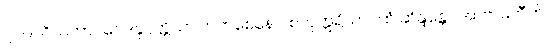
၂၁၉။ ဝိသဘာဂဝေဒနုပ္ပတ္တိယာ ကကစေနေဝ စတုဣရိယာပထံ ဆိန္ဒန္တော အာဗာဓတီတိ